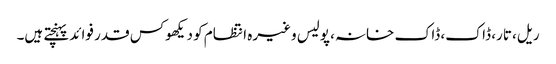
ریل، تار، ڈاک، ڈاک خانہ، پولیس وغیرہ انتظام کو دیکھوکس قدر فوائد پہنچتے ہیں۔